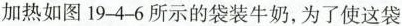
加热如图19-46所示的袋装牛奶，为了使这袋